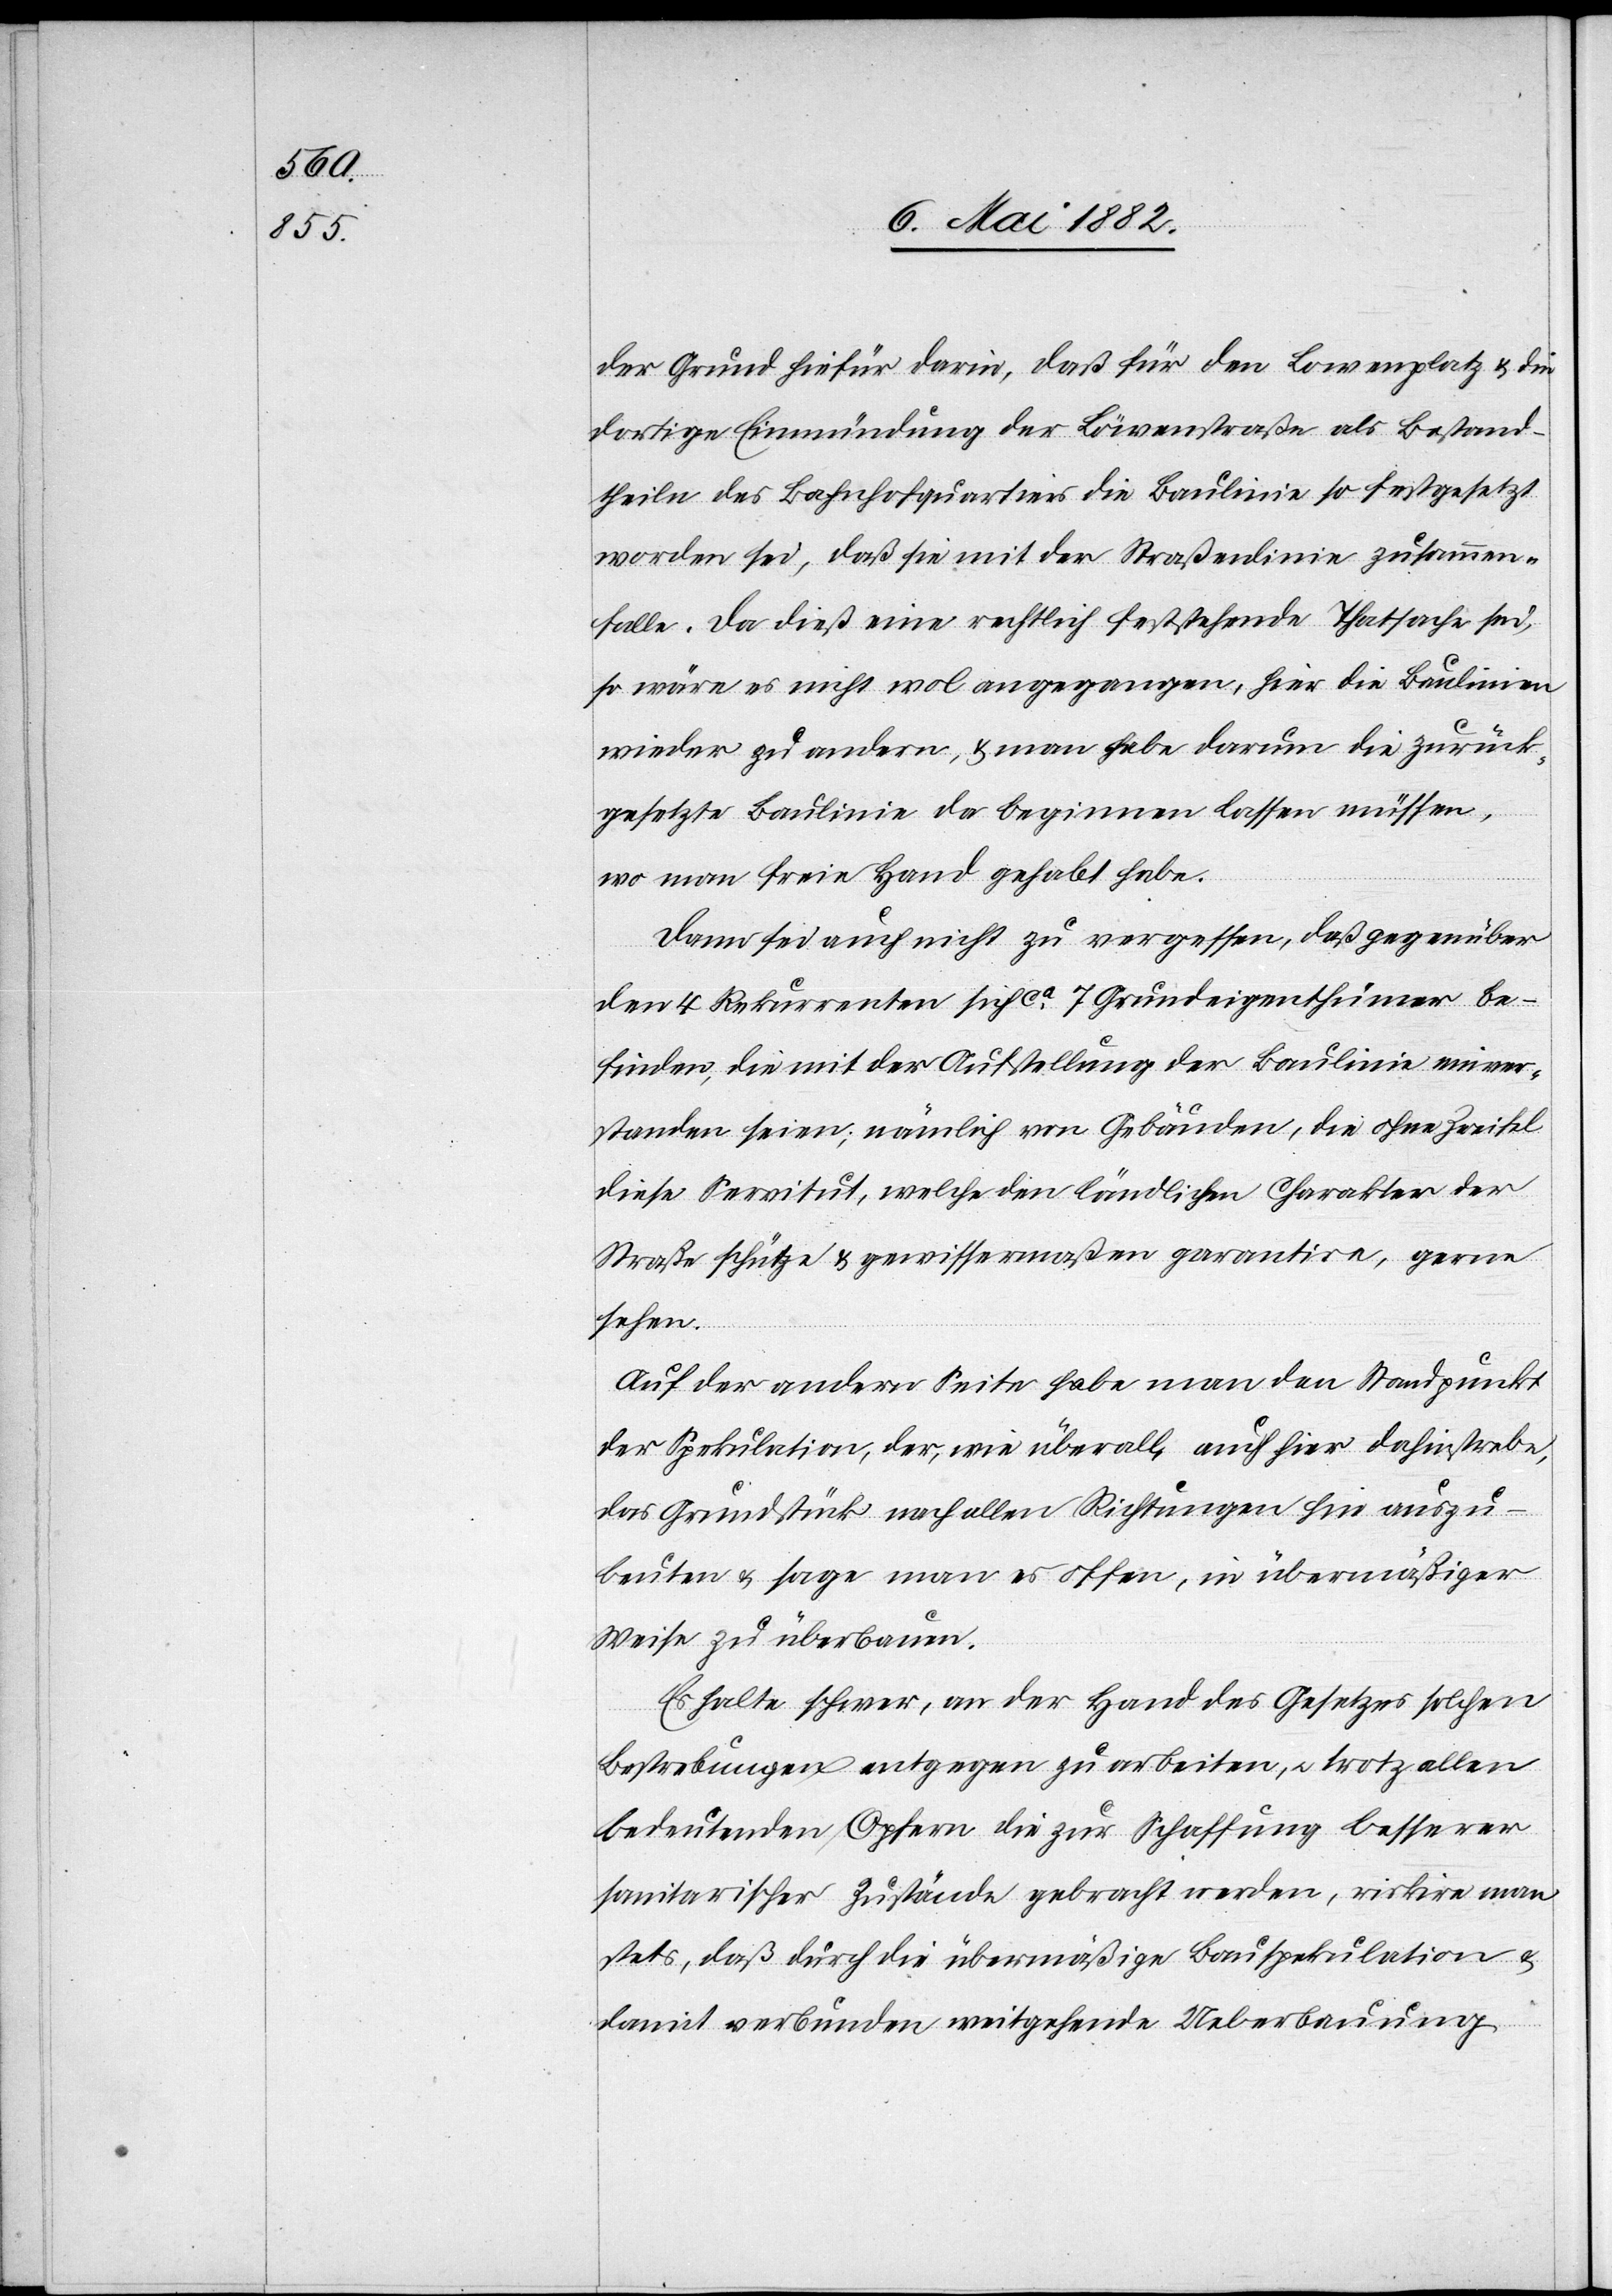
der Grund hiefür darin, daß für den Löwenplatz & die
dortige Einmündung der Löwenstraße als Bestand¬
theile [sic!] des Bahnhofsquartiers die Baulinie so festgesetzt
worden sei, daß sie mit der Straßenlinie zusammen¬
falle. Da dieß eine rechtlich feststehende Thatsache sei,
so wäre es nicht wol angegangen, hier die Baulinien
wieder zu ändern, & man habe darum die zurück¬
gesetzte Baulinie da beginnen lassen müssen,
wo man freie Hand gehabt habe.
Dann sei auch nicht zu vergessen, daß gegenüber
den 4 Rekurrenten sich ca 7 Grundeigenthümer be¬
finden, die mit der Aufstellung der Baulinie einver¬
standen seien; nämlich von Gebäuden, die ohne Zweifel
diese Servitut, welche den ländlichen Charakter der
Straße schütze, gewissermaßen garantiere, gerne
sehen.
Auf der andern Seite habe man den Standpunkt
der Spekulation, der, wie überall, auch hier dahinstrebe,
das Grundstück nach allen Richtungen hin auszu¬
beuten & sage man es offen, in übermäßiger
Weise zu überbauen.
Es halte [sic!] schwer, an der Hand des Gesetzes solchen
Bestrebungen entgegen zu arbeiten, u. trotz allen
bedeutenden Opfern die zu Schaffung besserer
sanitarischen Zustände gebracht werden, riskire man
stets, daß durch die übermäßige Bauspekulation &
damit verbunden weitgehende Ueberbauung